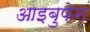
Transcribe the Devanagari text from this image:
आइबुफेन